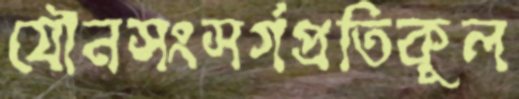
যৌনসংসর্গপ্রতিকূল